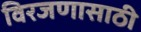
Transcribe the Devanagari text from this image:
विरजणासाठी